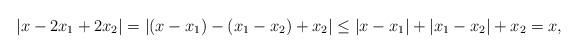
LaTeX: \begin{align*}|x-2x_1+2x_2|= |(x-x_1)-(x_1-x_2)+x_2|\leq |x-x_1|+|x_1-x_2|+ x_2= x,\end{align*}